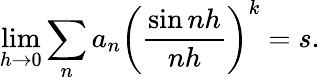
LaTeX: \operatorname*{lim}_{h\rightarrow 0}\sum_{n}a_{n}\left({\frac{\sin nh}{nh}}\right)^{k}=s.